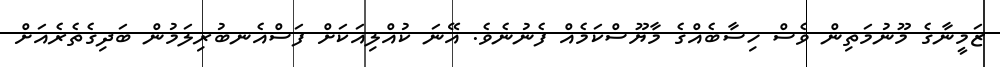
ޒަމީނާގެ މޫނުމަތިން ވެސް ހިސާބެއްގެ މާޔޫސްކަމެއް ފެނުނެވެ. އޭނަ ކުއްލިއަކަށް ފަސްއެނބުރިލަމުން ބަދިގެތެރެއަށް